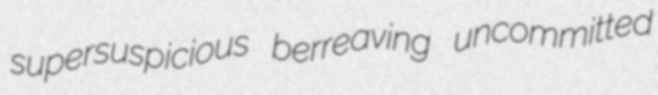
supersuspicious berreaving uncommitted